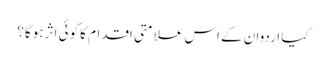
کیا اردوان کے اس علامتی اقدام کا کوئی اثر ہوگا؟